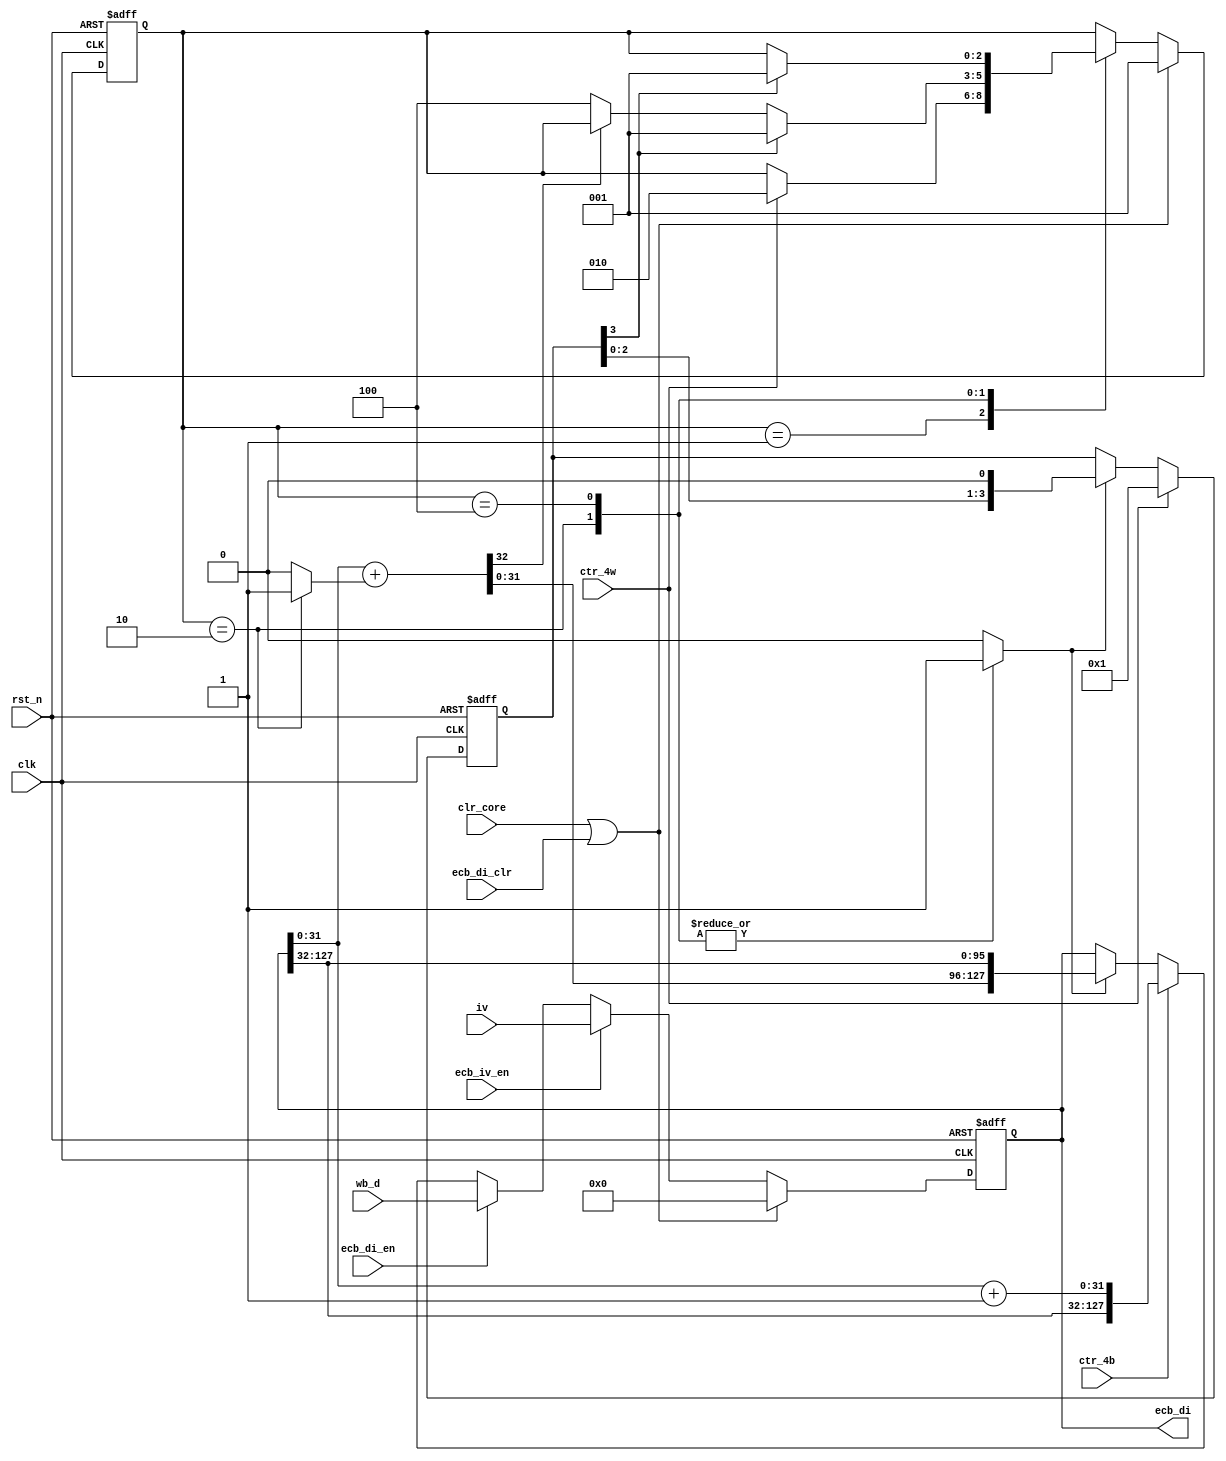
module moo_ecb_di (/*AUTOARG*/
   // Outputs
   ecb_di,
   // Inputs
   clk, rst_n, clr_core, ecb_di_en, ecb_iv_en, ecb_di_clr, ctr_4b, ctr_4w, wb_d,
   iv
   ) ;
   input           clk, rst_n;
   input           clr_core;
   // ECB OP
   input           ecb_di_en;
   input           ecb_iv_en;
   input           ecb_di_clr;
   // CTR OP
   input           ctr_4b;
   input           ctr_4w;
   // BLK Input
   input [127:0]   wb_d;
   input [127:0]   iv;
   // Output Port
   output [127:0]  ecb_di;

   reg [127:0]     ecb_di;

   reg           c0;
   reg           ctr_loop;
   wire [31:0]   sum_4b;
   wire [31:0]   sum_4w;
   wire          carry;
   assign sum_4b          = ecb_di[31:0] + 32'd1;
   assign {carry, sum_4w} = ecb_di[31:0] + c0;

   always @ (posedge clk or negedge rst_n) begin
      if(!rst_n) begin
         ecb_di <= 128'd0;
      end else begin
         if(clr_core | ecb_di_clr) begin
            ecb_di <= 128'd0;
         end else if(ecb_iv_en) begin
            ecb_di <= iv;
         end else if(ecb_di_en) begin
            ecb_di <= wb_d;
         end else if(ctr_4b) begin
            ecb_di <= {ecb_di[127:32], sum_4b};
         end else if(ctr_loop) begin
            ecb_di <= {sum_4w, ecb_di[127:32]};
         end
      end
   end

   reg   [3:0] cntr;

   always @ (posedge clk or negedge rst_n) begin
      if(!rst_n) begin
         cntr <= 4'b0000;
      end else begin
         if(ctr_4w) begin
            cntr <= 4'b0001;
         end else if(ctr_loop) begin
            cntr <= {cntr[2:0],1'b0};
         end
      end
   end


   localparam IDLE  = 3'b001;
   localparam SUM   = 3'b010;
   localparam LOOP  = 3'b100;

   reg   [2:0] state, state_nxt;

   always @ (posedge clk or negedge rst_n) begin
      if(!rst_n) begin
         state <= IDLE;
      end else begin
         if(clr_core | ecb_di_clr) begin
            state <= IDLE;
         end else begin
            state <= state_nxt;
         end
      end
   end


   always @ (*) begin
      state_nxt  = state;
      ctr_loop   = 0;
      c0         = 0;
      case (state)
        IDLE : begin
           if(ctr_4w) begin
              state_nxt = SUM;
           end
        end
        SUM  : begin
           ctr_loop = 1;
           c0       = 1;
           if(cntr[3]) begin
              state_nxt = IDLE;
           end else if(!carry) begin
              state_nxt = LOOP;
           end
        end
        LOOP : begin
           ctr_loop = 1;
           if(cntr[3]) begin
              state_nxt = IDLE;
           end
        end
      endcase // case (state)
   end

endmodule // moo_ecb_di